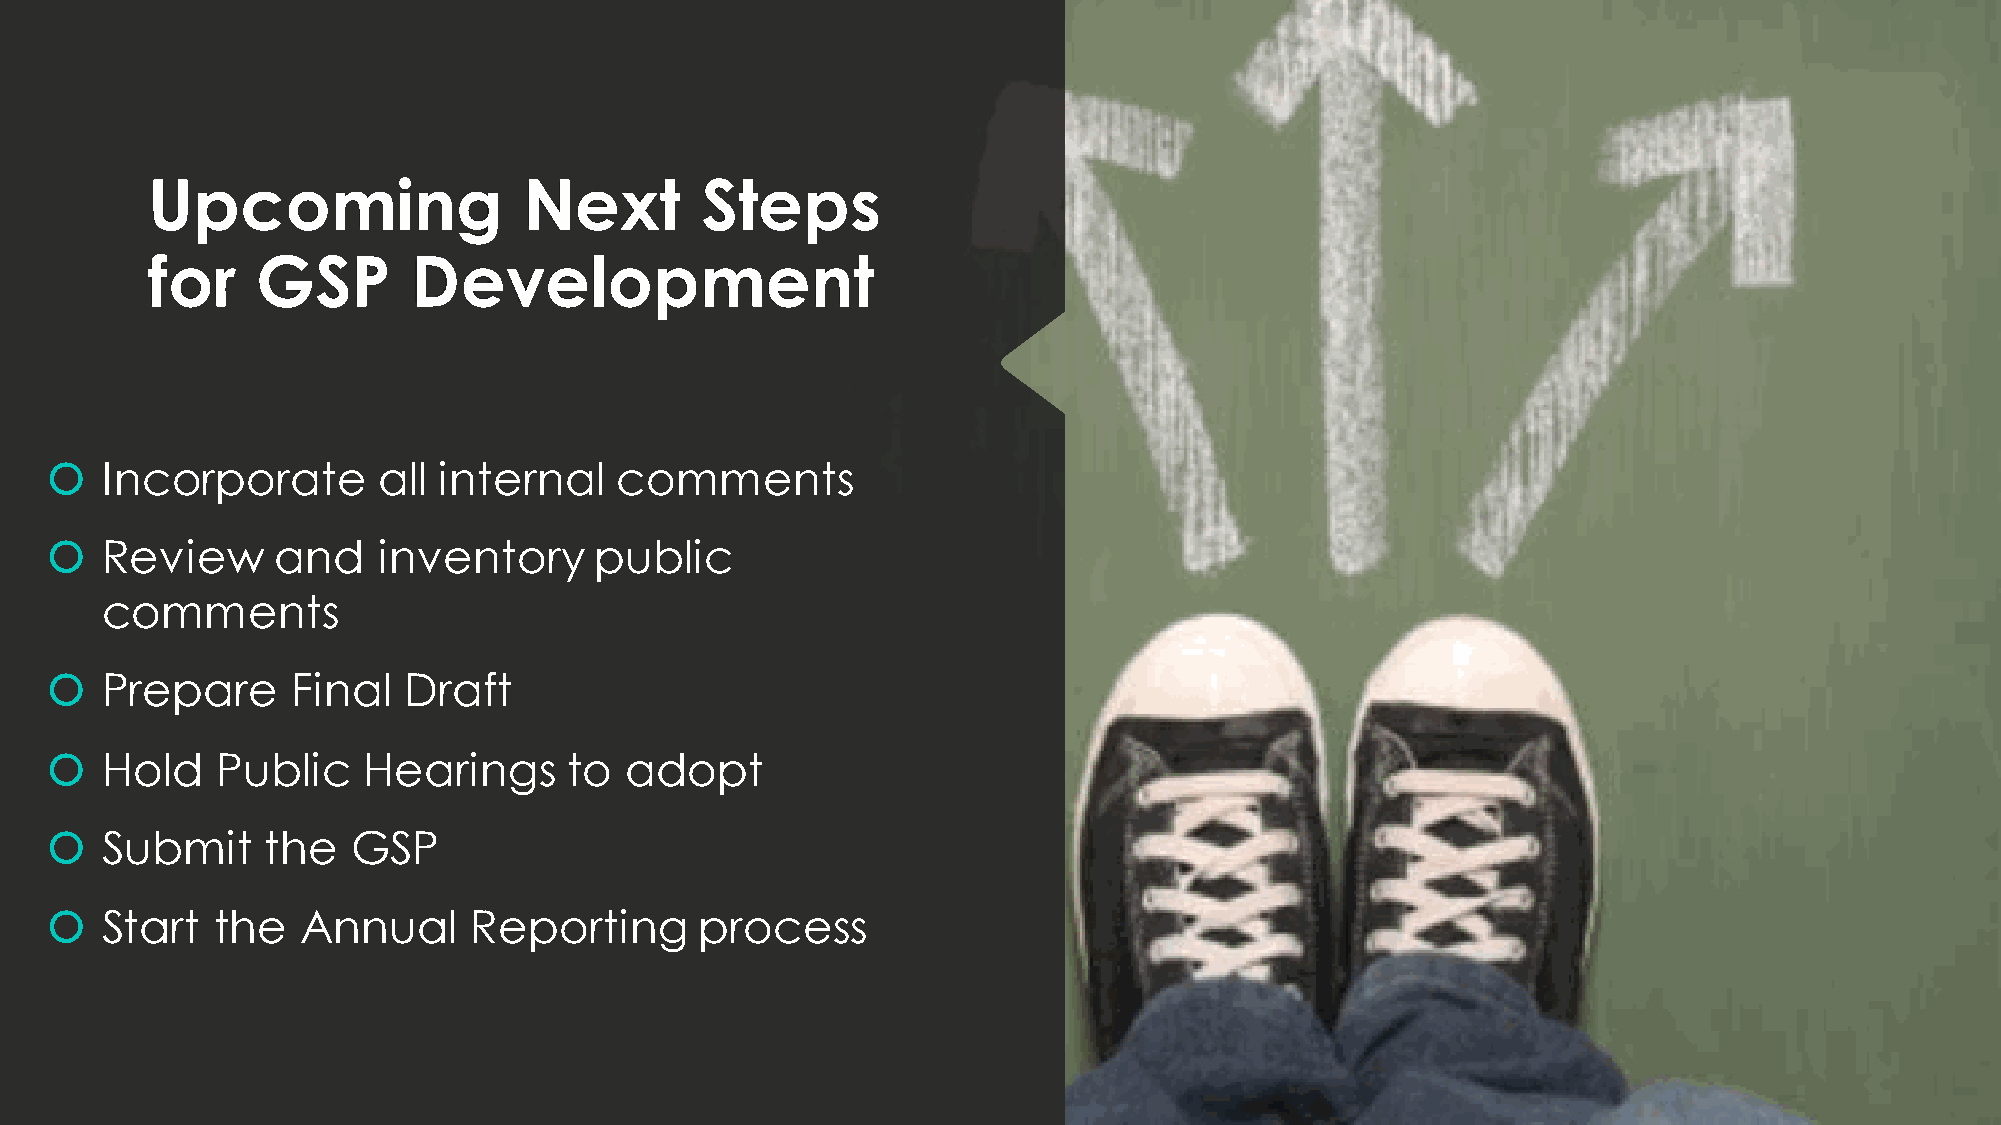
Upcoming                 Next       Steps
 for    GSP       Development
    Incorporate       all internal    comments
    Review     and    inventory     public
 comments
    Prepare     Final   Draft
    Hold   Public    Hearings      to adopt
    Submit     the  GSP
    Start  the   Annual     Reporting      process